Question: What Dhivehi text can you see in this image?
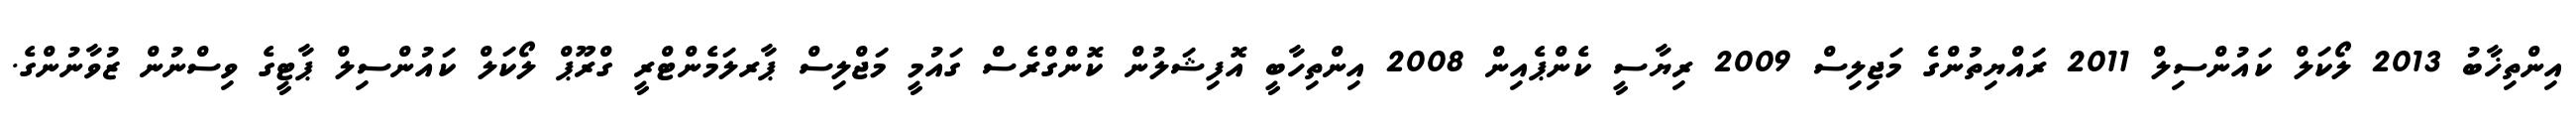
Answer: އިންތިޚާބު 2013 ލޯކަލް ކައުންސިލް 2011 ރައްޔިތުންގެ މަޖިލިސް 2009 ރިޔާސީ ކެންޕެއިން 2008 އިންތިހާބީ އޮފިޝަލުން ކޮންގްރެސް ގައުމީ މަޖްލިސް ޕާރލަމެންޓްރީ ގްރޫޕް ލޯކަލް ކައުންސިލް ޕާޓީގެ ވިސްނުން ޒުވާނުންގެ.